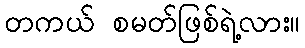
တကယ် စမတ်ဖြစ်ရဲ့လား။